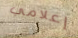
إعلامي